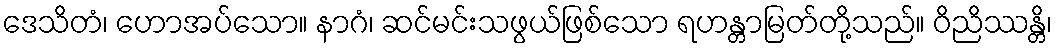
ဒေသိတံ၊ ဟောအပ်သော။ နာဂံ၊ ဆင်မင်းသဖွယ်ဖြစ်သော ရဟန္တာမြတ်တို့သည်။ ဝိညိဿန္တိ၊